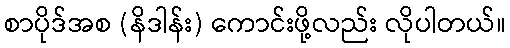
စာပိုဒ်အစ (နိဒါန်း) ကောင်းဖို့လည်း လိုပါတယ်။